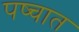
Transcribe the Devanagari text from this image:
पष्चात